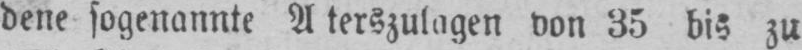
von 35 bis zu